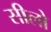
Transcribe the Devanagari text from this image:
सीलो